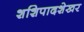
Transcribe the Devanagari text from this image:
शशिपादशेखर